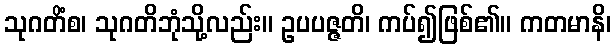
သုဂတိံစ၊ သုဂတိဘုံသို့လည်း။ ဥပပဇ္ဇတိ၊ ကပ်၍ဖြစ်၏။ ကတမာနိ၊